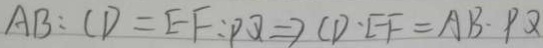
A B : C D = E F : P Q \Rightarrow C D \cdot E F = A B \cdot P Q